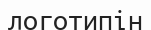
логотипін